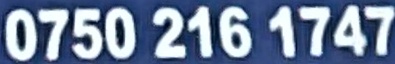
0750 216 1747